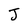
Character: J